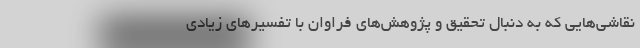
نقاشی‌هایی که به دنبال تحقیق و پژوهش‌های فراوان با تفسیرهای زیادی